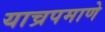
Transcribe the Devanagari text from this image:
याच्रपमाणे